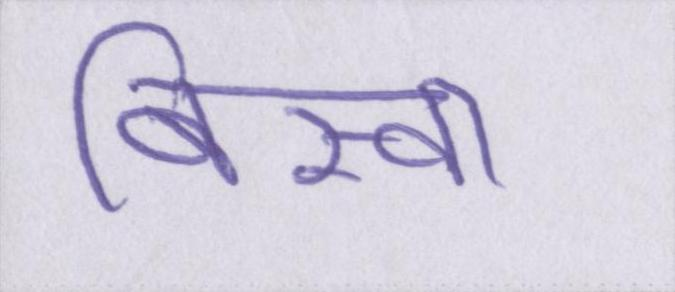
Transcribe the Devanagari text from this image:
बिस्वा